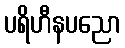
ပရိဟီနပညော